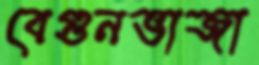
বেগুনভাজা